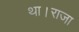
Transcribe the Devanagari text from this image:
था।राजा